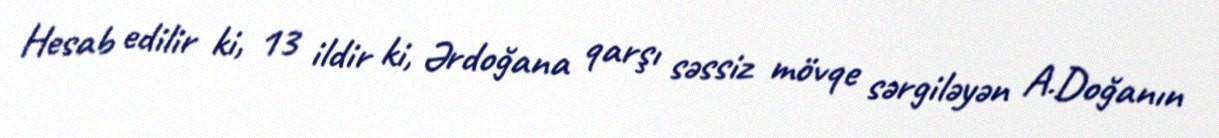
Hesab edilir ki, 13 ildir ki, Ərdoğana qarşı səssiz mövqe sərgiləyən A.Doğanın